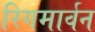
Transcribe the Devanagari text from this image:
रिगमार्वन